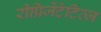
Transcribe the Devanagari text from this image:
रीप्रिजेंटेटिव्ज़